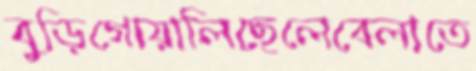
বুড়িগোয়ালিছেলেবেলাতে